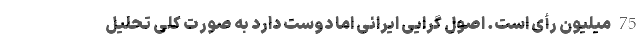
75 میلیون رأی است. اصول گرایی ایرانی اما دوست دارد به صورت کلی تحلیل